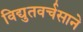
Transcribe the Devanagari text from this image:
विद्युतवर्चसाने